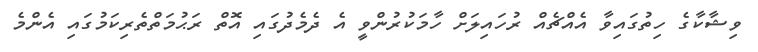
ވިޝާކާގެ ހިތުގައިވާ އެއްޗެއް ރުހައިލަށް ހާމަކުރުންވީ އެ ދެމެދުގައި އޮތް ރަޙުމަތްތެރިކަމުގައި އެންމެ